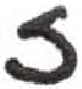
אות: ז